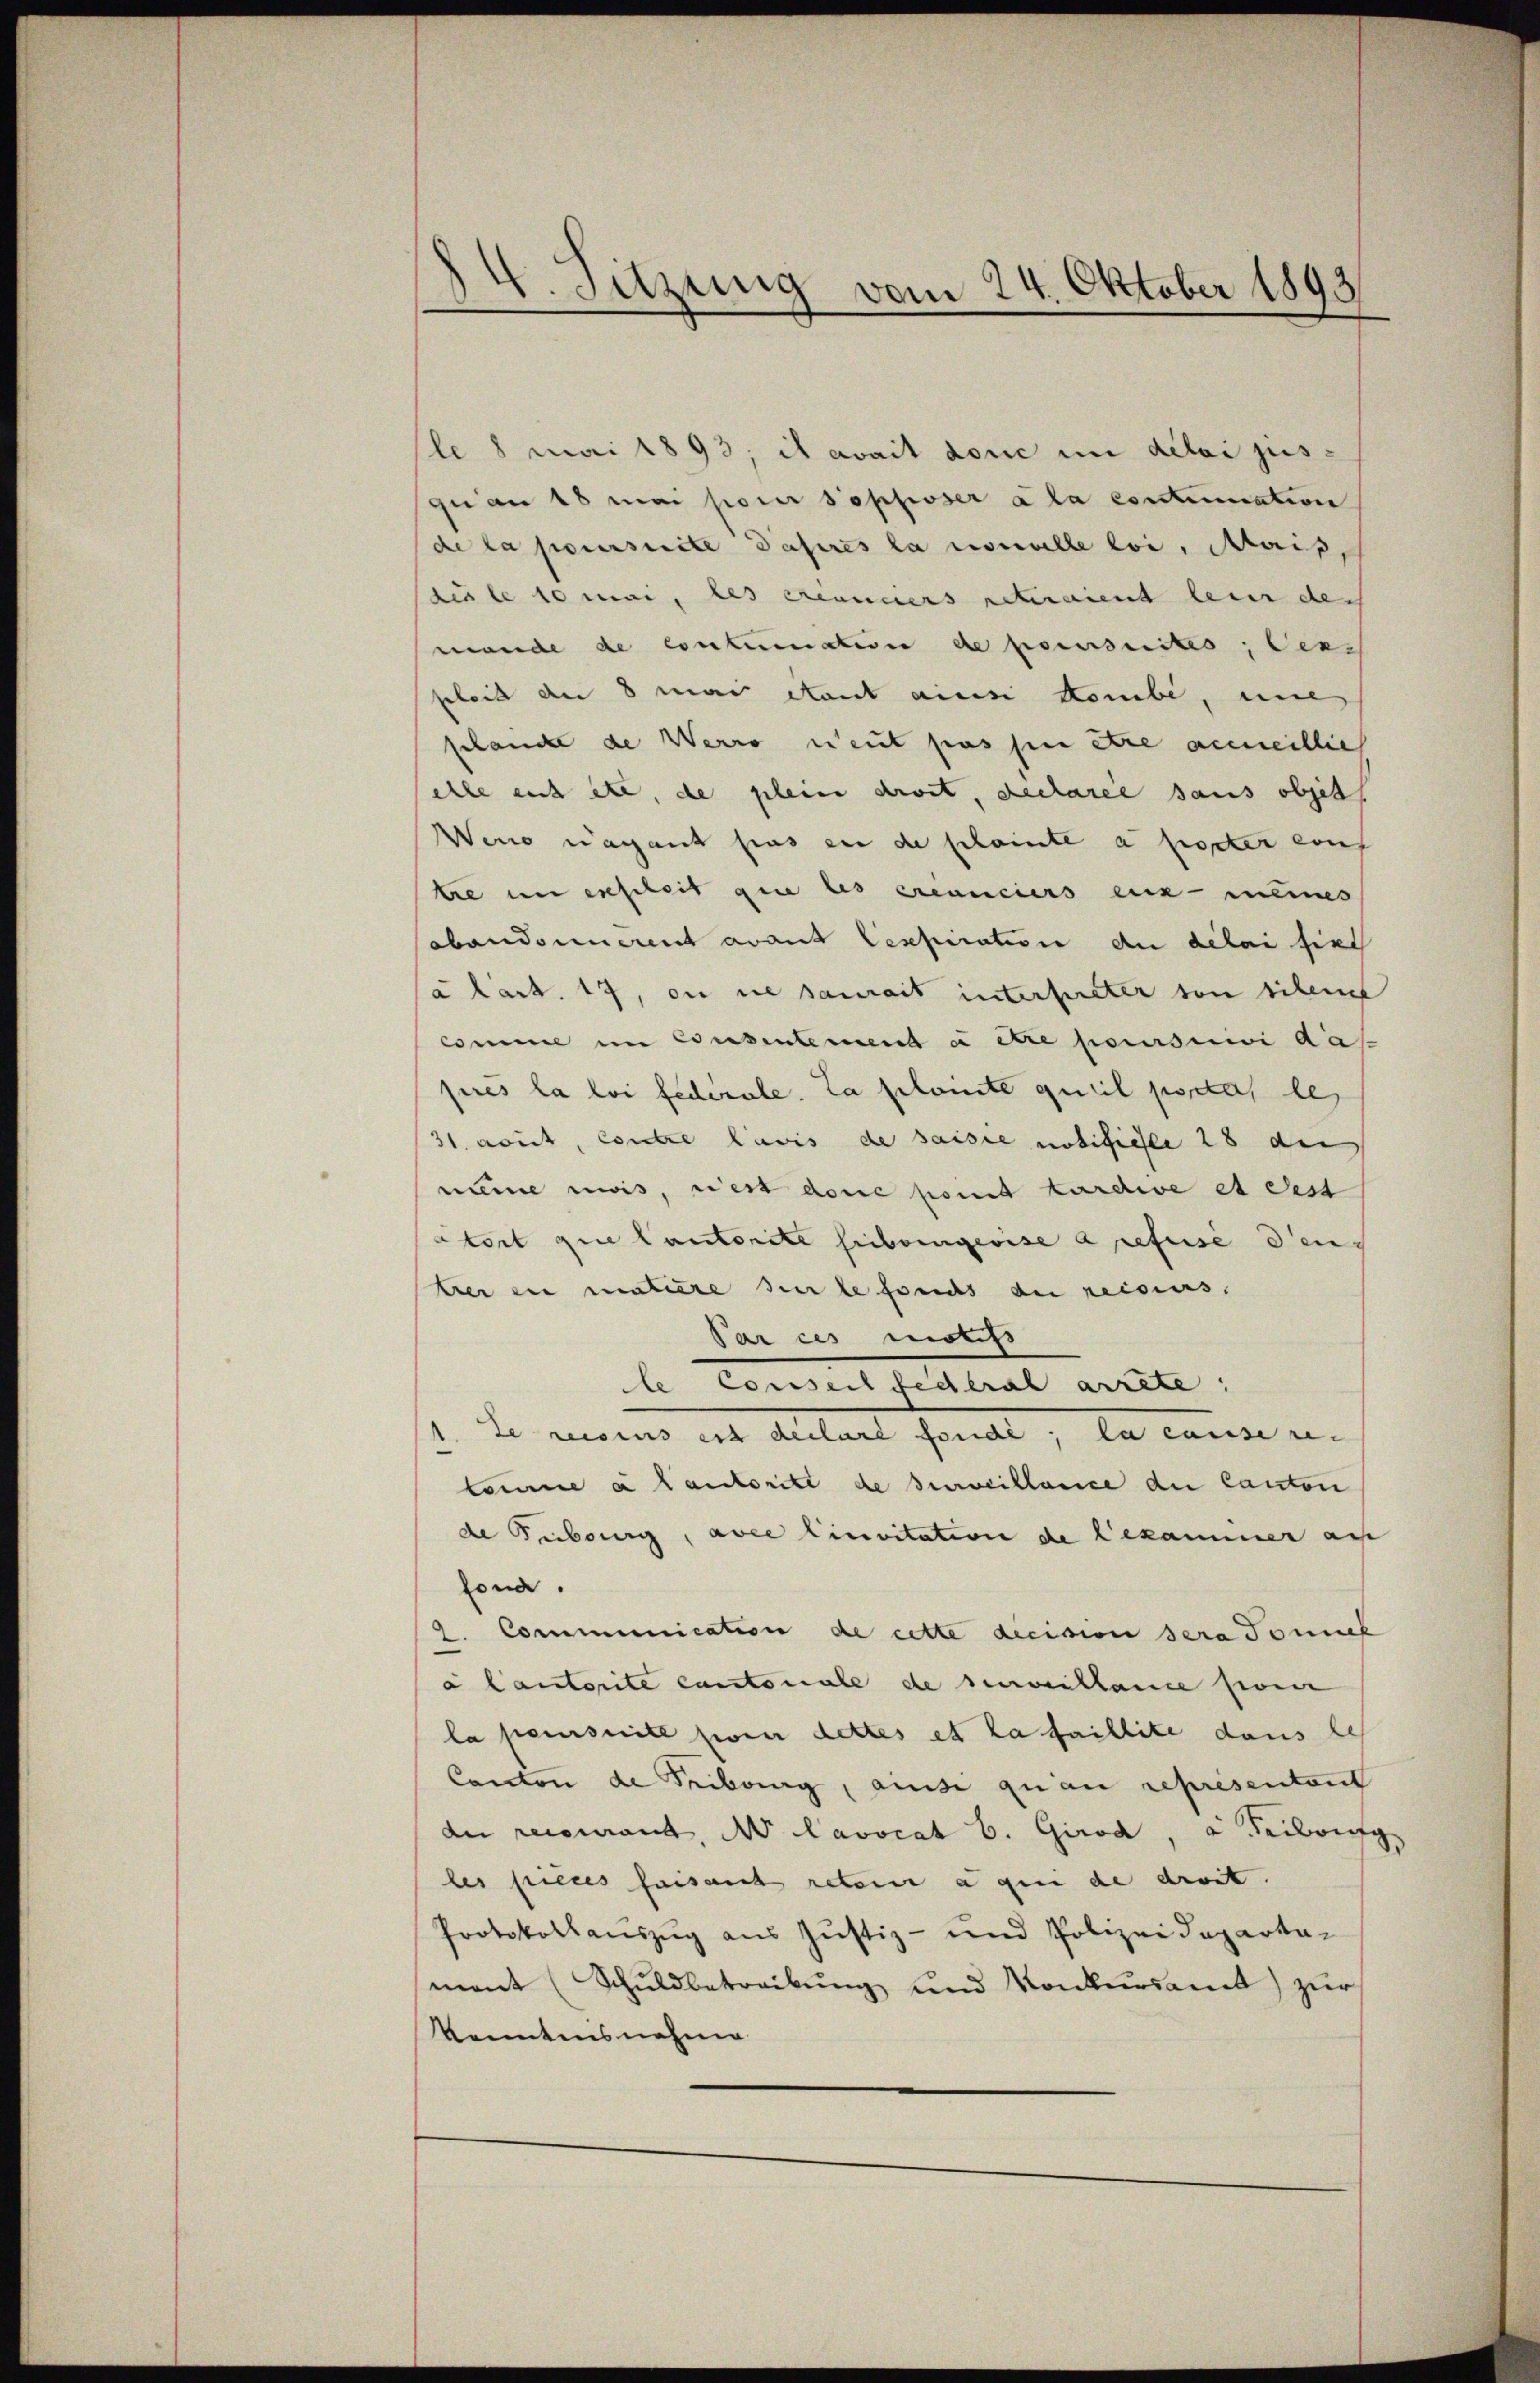
.
. Sitzung vom 24. Oktober 1893

le 8 mai 1893; es avait donc im délai jus-
gu am 18 mai pour sopposer à la contemation
de la poursuite daheres la nouvelle loi, Mais,
dis le 10 Mai, des Cremuners reteraient leur de
mande de contimation de poursuites; dens
peleid der 8 man Staat ainsi kombe, une
schance de Werro neut pas hin die anmeitlich
elle auch etc. de plein droit, declarée sans objet
Weno warent sind in de scheinte a poster auf
tre im erscheit que les créanciers ein meines
abandonnerent avant lexpiration du délai sie
(à lart. 17, on sie saurait interstreter von sichen
comme im Consentement à être poursuivi das
près la loi federale. La plante quil posta les
31. aout, contre lavis de saisie notificie 28 di
numme mois, rest done point tardive et dest
atort que Cantorite Friboingerise à prefuse den
trer die matière sur le fonds de reisius.
Parces maths
le Conseil federal arrete;
de wegens in Anitaet hande, da kann un- |
komme a lautorité de surveillance du Canton
de Fribourg, avee linvitation de Bekammer auf
fona.
2. Communication de cette dicision sera Tomus
a lautorite Cantonale de devillance son
la perswill soin dettes et la faillite dans les
Canton de Fribourg, ansi quan représentant
de recourant Nr. Lavocat b. Girod, a Serben
8
les pieces faisant reterie a qui de droit.
Protokollauszug aus Justiz- und Polizeideparta-
mant (Schŭldbetreibŭng und Konkursamt zur
Kenntnisnehme